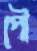
পৌ